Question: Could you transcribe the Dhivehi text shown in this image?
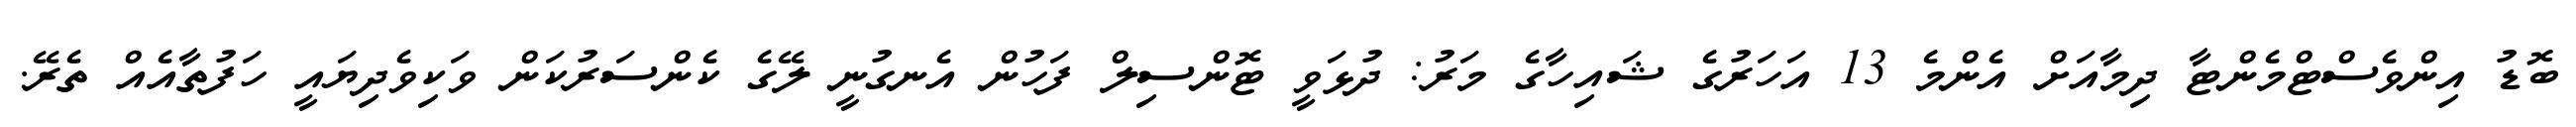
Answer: ބޮޑު އިންވެސްޓްމެންޓާ ދިމާއަށް އެންމެ 13 އަހަރުގެ ޝައިހާގެ މަރު: ދުޅަވީ ޓޮންސިލް ފަހުން އެނގުނީ ލޭގެ ކެންސަރުކަން ވަކިވެދިޔައީ ހަފުތާއެއް ތެރޭ.